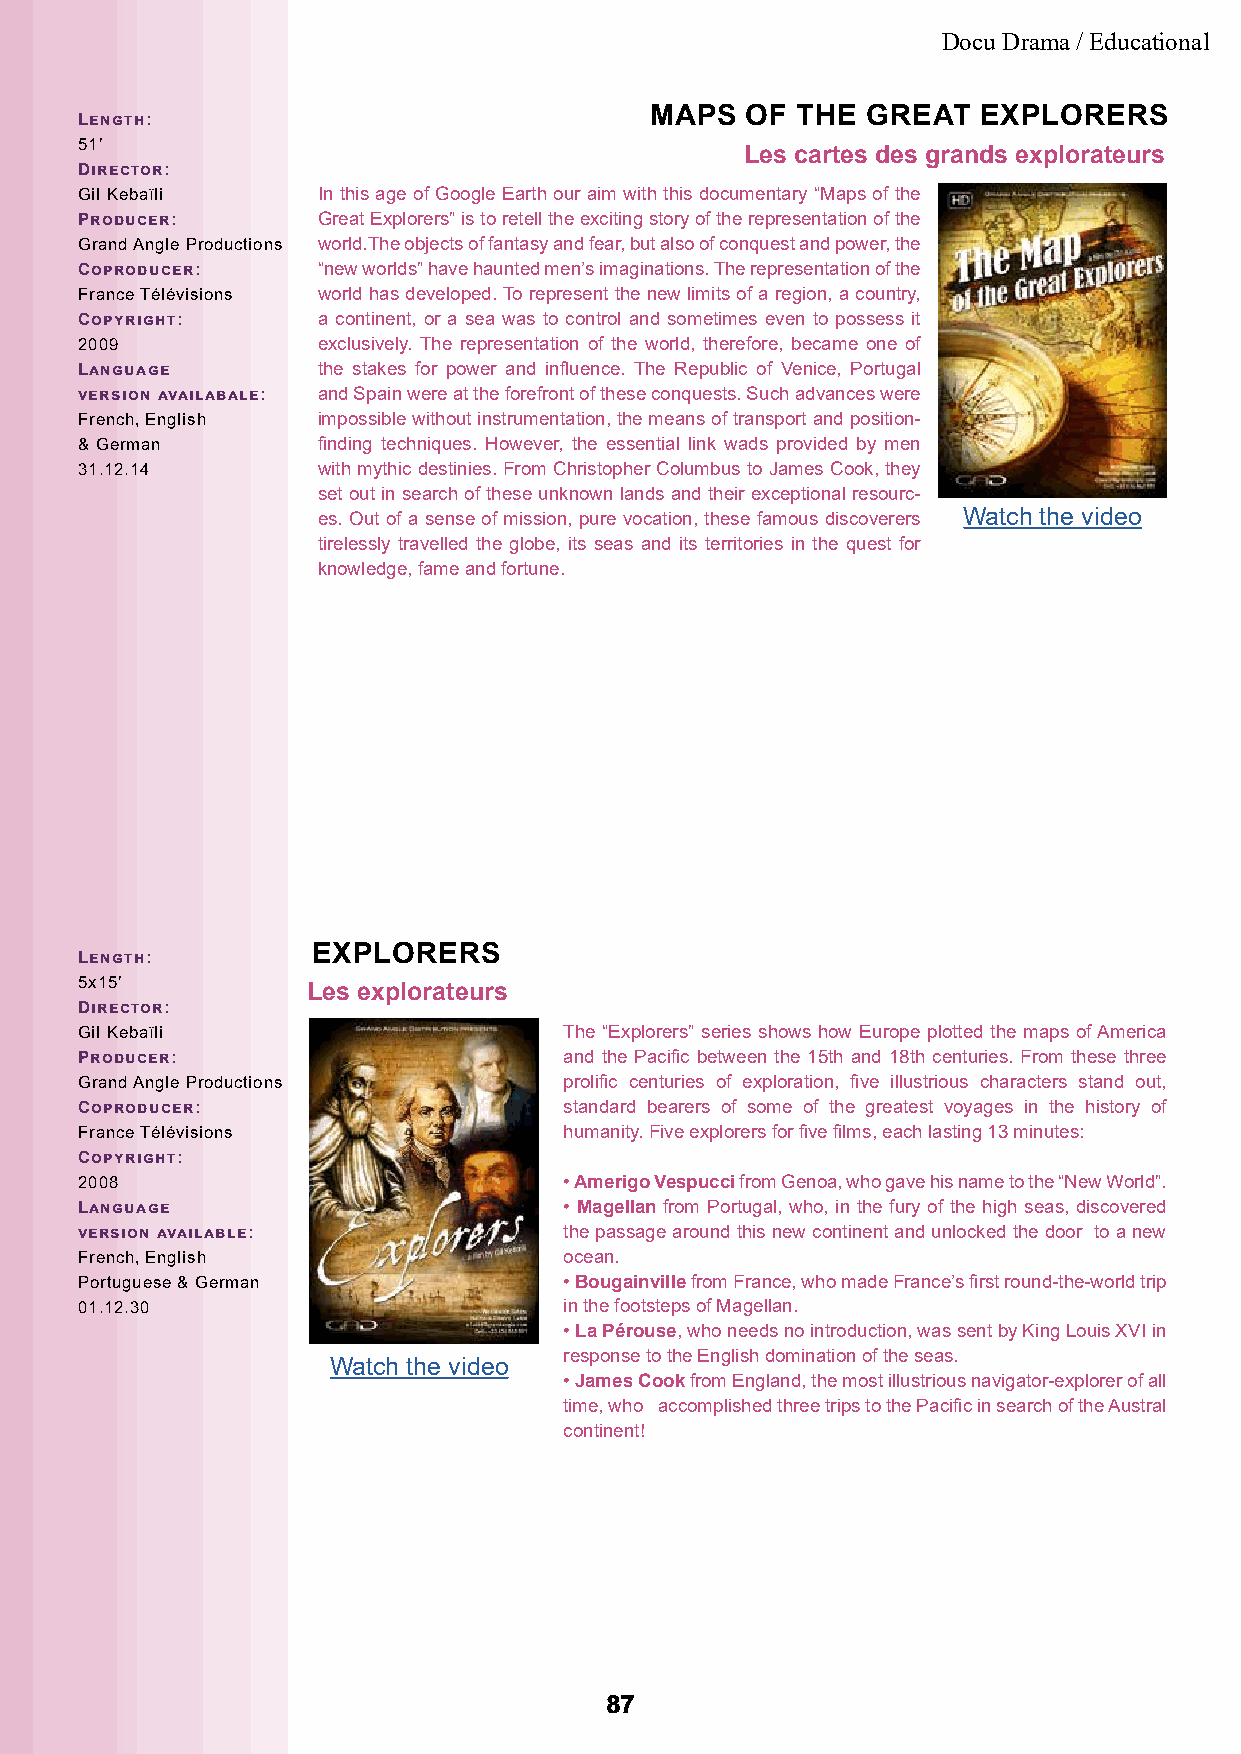
Docu Drama / Educational
 MAPS  OF  THE GREAT   EXPLORERS
 Length:
 51’
 Les cartes des grands explorateurs
 Director:
 Gil Kebaïli     In this age of Google Earth our aim with this documentary “Maps of the
 Producer:       Great Explorers” is to retell the exciting story of the representation of the
 Grand Angle Productions world.The objects of fantasy and fear, but also of conquest and power, the
 Coproducer:     “new worlds” have haunted men’s imaginations. The representation of the
 France Télévisions world has developed. To represent the new limits of a region, a country,
 Copyright:      a continent, or a sea was to control and sometimes even to possess it
 2009            exclusively. The representation of the world, therefore, became one of
 Language        the stakes for power and influence. The Republic of Venice, Portugal
 version availabale: and Spain were at the forefront of these conquests. Such advances were
 French, English impossible without instrumentation, the means of transport and position-
 & German        finding techniques. However, the essential link wads provided by men
 31.12.14        with mythic destinies. From Christopher Columbus to James Cook, they
 set out in search of these unknown lands and their exceptional resourc-
 es. Out of a sense of mission, pure vocation, these famous discoverers Watch the video
 tirelessly travelled the globe, its seas and its territories in the quest for
 knowledge, fame and fortune.
 EXPLORERS
 Length:
 5x15’
 Les explorateurs
 Director:
 Gil Kebaïli                     The “Explorers” series shows how Europe plotted the maps of America
 Producer:                       and the Pacific between the 15th and 18th centuries. From these three
 Grand Angle Productions         prolific centuries of exploration, five illustrious characters stand out,
 Coproducer:                     standard bearers of some of the greatest voyages in the history of
 France Télévisions              humanity. Five explorers for five films, each lasting 13 minutes:
 Copyright:
 2008                            • Amerigo Vespucci from Genoa, who gave his name to the “New World”.
 Language                        • Magellan from Portugal, who, in the fury of the high seas, discovered
 version available:              the passage around this new continent and unlocked the door to a new
 French, English                 ocean.
 Portuguese & German             • Bougainville from France, who made France’s first round-the-world trip
 01.12.30                        in the footsteps of Magellan.
 • La Pérouse, who needs no introduction, was sent by King Louis XVI in
 response to the English domination of the seas.
 Watch the video
 • James Cook from England, the most illustrious navigator-explorer of all
 time, who accomplished three trips to the Pacific in search of the Austral
 continent!
 8877